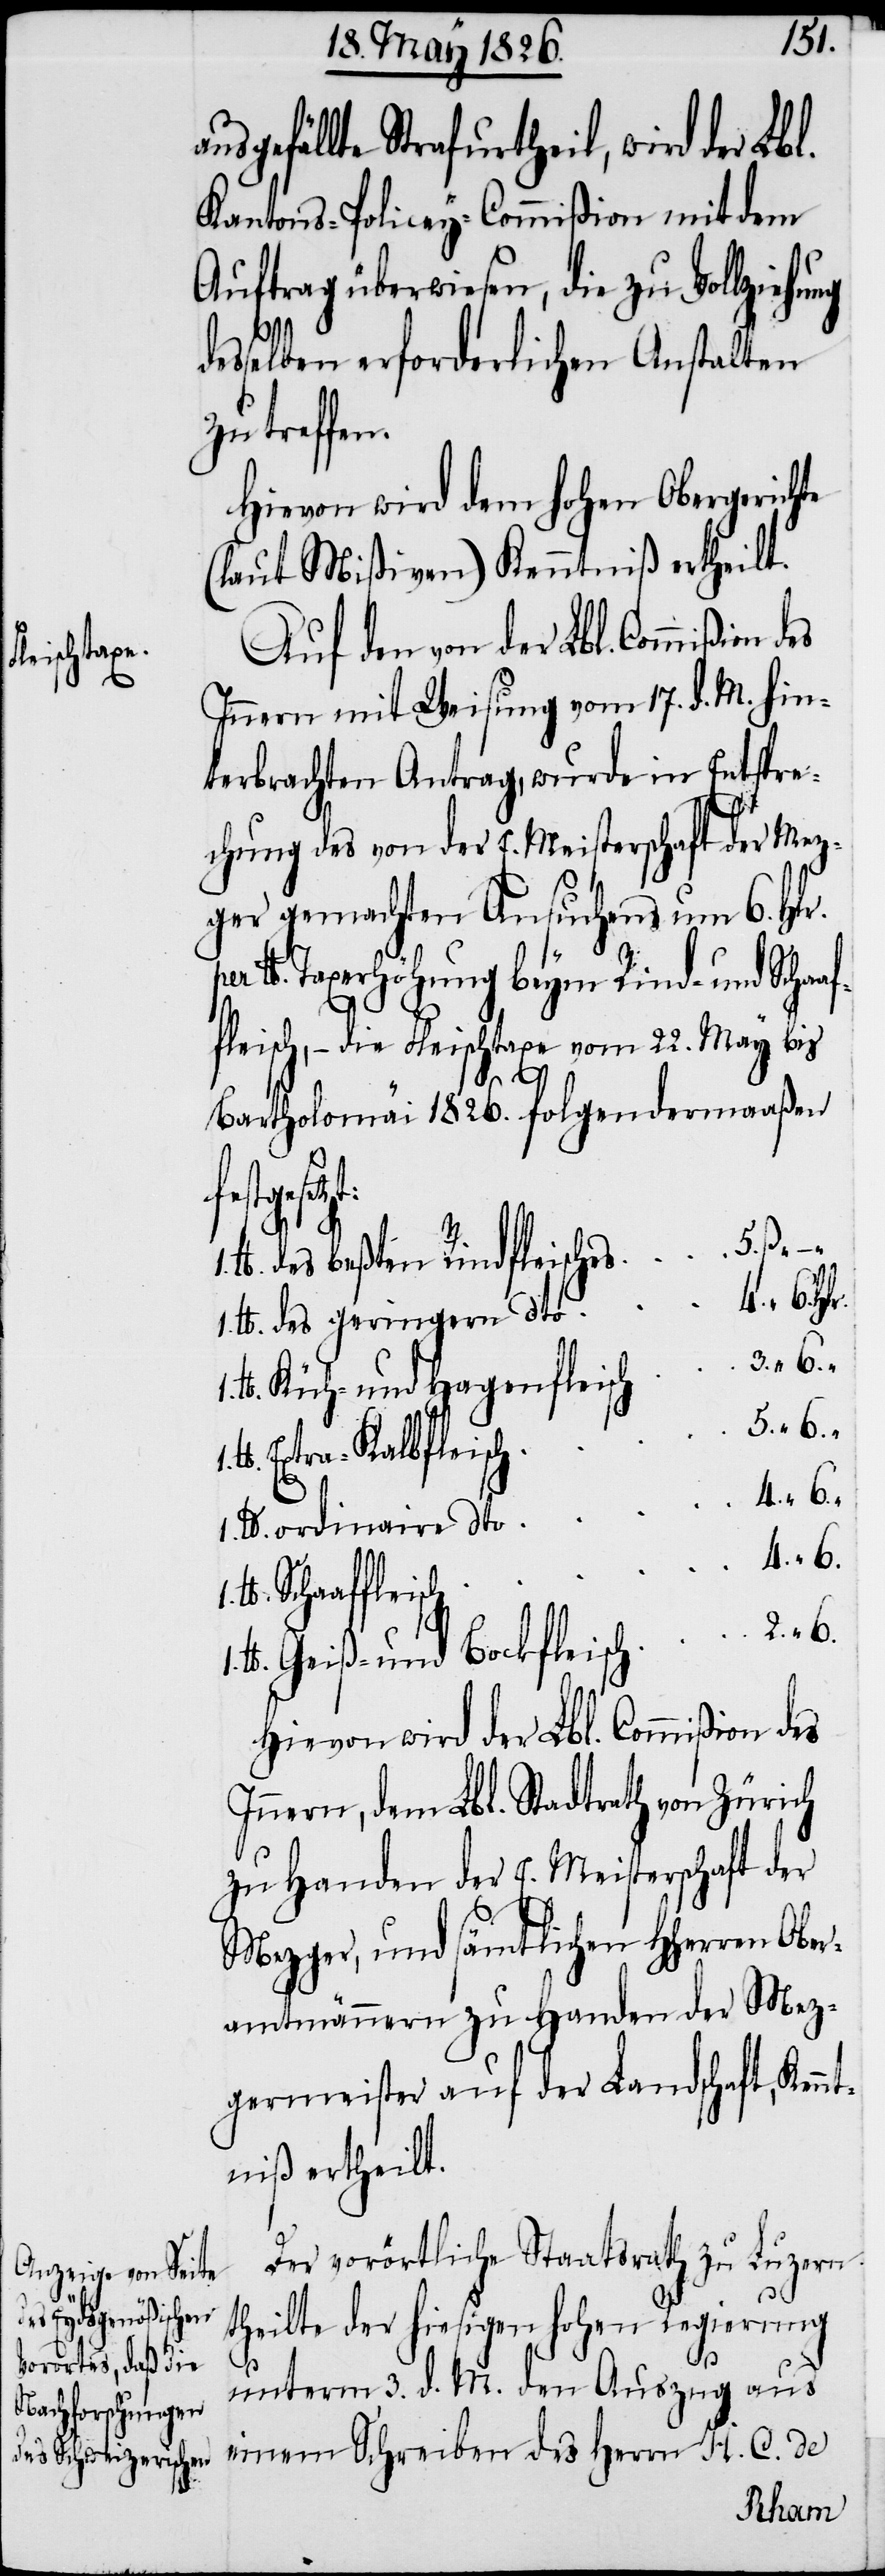
ausgefällte Strafurtheil, wird der Lbl.
Kantons-Policey-Commißion mit dem
Auftrag überwiesen, die zu Vollziehu¬
esselben erforderlichen Anstalten
zu treffen.
Hievon wird dem hohen Obergerichte
(laut Mißiven) Kenntniß ertheilt.
Auf den von der Lbl. Commißion
Innern mit Weisung vom 17. d. M. hin¬
terbrachten Antrag, wurde in Entspre¬
chung des von der E. Meisterschaft der Mez¬
ger gemachten Ansuchens um 6. Hlr.
lb. Taxerhöhung beym Rind- und Schaf¬
fleisch, – die Fleischtaxe vom 22. May bis
4.
“
Bartholomäi 1826. folgendermaaßen
fleisch
5. ß
des beßern Rindfleisches
und Bock¬
des geringeren dto
Küh- und Hagenfleisch
Extra-Kalbfleisch
ordinaire dto
Hiervon wird der Lbl. Commißion des
Innern, dem Lbl. Stadtrath von Zürich
zu Handen der E. Meisterschaft der
Mezger, und sätmlichen HHerren Ober¬
amtmännern zu Handen der Mez¬
gergmeister auf der Landschaft, Kenn¬
tniß ertheilt.
Der vorörtliche Staatsrath zu Luzern
theilte der hiesigen hohen Regierung
unterm 3. d. M. den Auszug aus
einem Schreiben des Herrn H. C. de